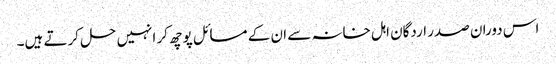
اس دوران صدر اردگان اہل خانہ سے ان کے مسائل پوچھ کر انہیں حل کرتے ہیں۔